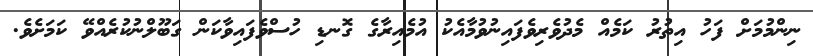
ނިންމުމަށް ފަހު އިތުރު ކަމެއް މެދުވެރިވެފައިނުވުމާއެކު އުމެއިރާގެ ގޮނޑި ހުސްވެފައިވާކަން ގަބޫލްނުކުރެއްވޭ ކަމަށެވެ.